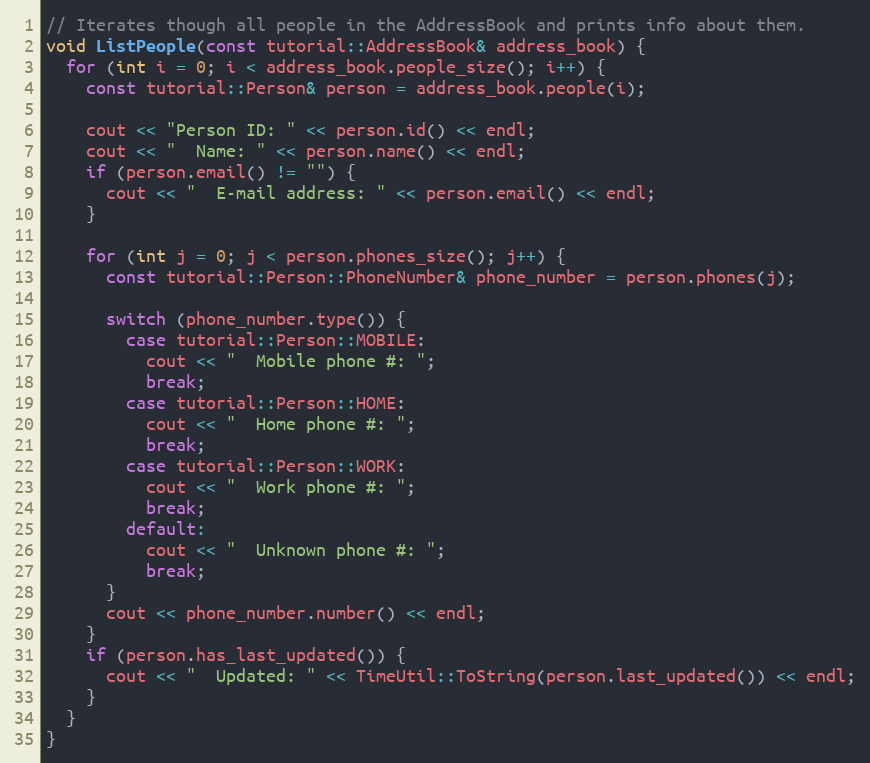
Language: C++
// Iterates though all people in the AddressBook and prints info about them.
void ListPeople(const tutorial::AddressBook& address_book) {
  for (int i = 0; i < address_book.people_size(); i++) {
    const tutorial::Person& person = address_book.people(i);

    cout << "Person ID: " << person.id() << endl;
    cout << "  Name: " << person.name() << endl;
    if (person.email() != "") {
      cout << "  E-mail address: " << person.email() << endl;
    }

    for (int j = 0; j < person.phones_size(); j++) {
      const tutorial::Person::PhoneNumber& phone_number = person.phones(j);

      switch (phone_number.type()) {
        case tutorial::Person::MOBILE:
          cout << "  Mobile phone #: ";
          break;
        case tutorial::Person::HOME:
          cout << "  Home phone #: ";
          break;
        case tutorial::Person::WORK:
          cout << "  Work phone #: ";
          break;
        default:
          cout << "  Unknown phone #: ";
          break;
      }
      cout << phone_number.number() << endl;
    }
    if (person.has_last_updated()) {
      cout << "  Updated: " << TimeUtil::ToString(person.last_updated()) << endl;
    }
  }
}